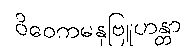
ဝိဝေကမနုဗြူဟန္တာ